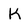
Character: K